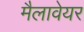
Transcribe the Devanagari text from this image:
मैलावेयर